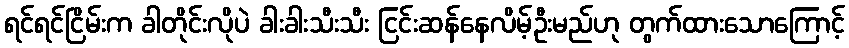
ရင်ရင်ငြိမ်းက ခါတိုင်းလိုပဲ ခါးခါးသီးသီး ငြင်းဆန်နေလိမ့်ဦးမည်ဟု တွက်ထားသောကြောင့်